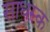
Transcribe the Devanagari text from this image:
साधस्क